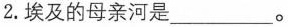
2.埃及的母亲河是___。